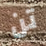
تن